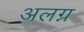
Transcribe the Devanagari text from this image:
अलग्न